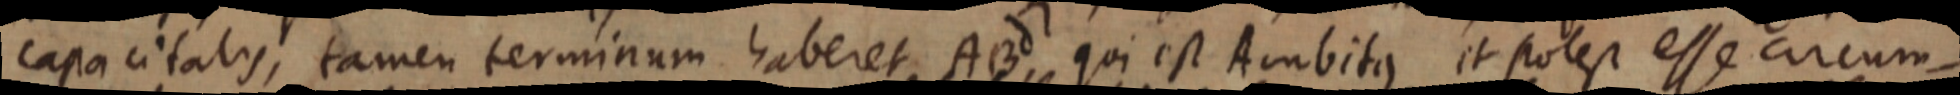
capacitatis, tamen terminum haberet, ABd, qui est Ambitus it potest esse circum-